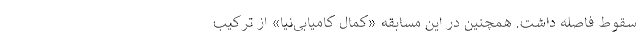
سقوط فاصله داشت. همچنین در این مسابقه «کمال کامیابی‌نیا» از ترکیب